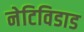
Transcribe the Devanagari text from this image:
नेटिविडाड